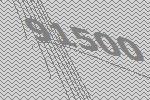
91500